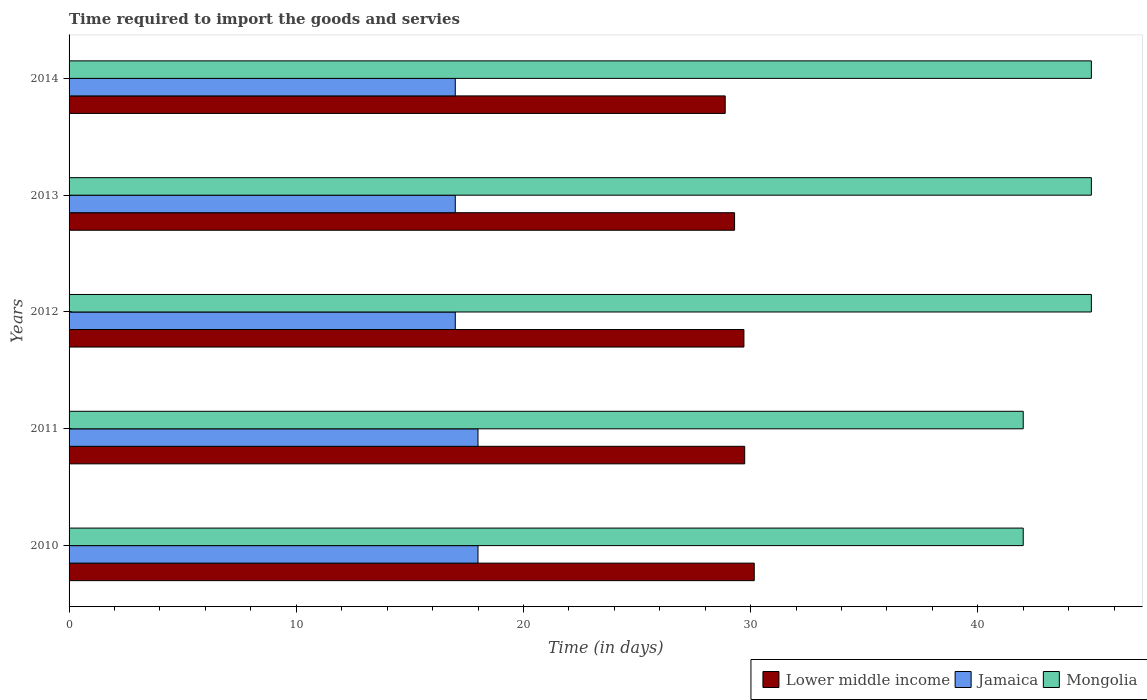
| Years | Lower middle income | Jamaica | Mongolia |
 | --- | --- | --- | --- |
 | 2010 | 30.2 | 18 | 42 |
 | 2011 | 29.7 | 18 | 42 |
 | 2012 | 29.7 | 17 | 45 |
 | 2013 | 29.3 | 17 | 45 |
 | 2014 | 28.9 | 17 | 45 |